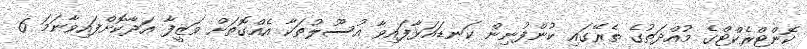
ކޮންޓްރެކްޓްގެ މުއްދަތުގެ ތެރޭގައި ކުންފުނިން ކަނޑައަޅާފައިވާ އުސޫލުތަކާ އެއްގޮތަށް ވަޒީފާ އަދާކޮށްފައިވާނަމަ 6